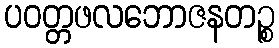
ပဝတ္တဖလဘောဇနတဉ္စ